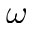
\omega